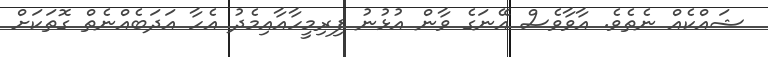
ޝައްކެއް ނެތެވެ. އާވާވެސް އޭނަގެ ވާން އުޅުނު ފިރިމީހާއާއިމެދު އެހާ އަދަބެއްނެތް ގޮތަކަށް